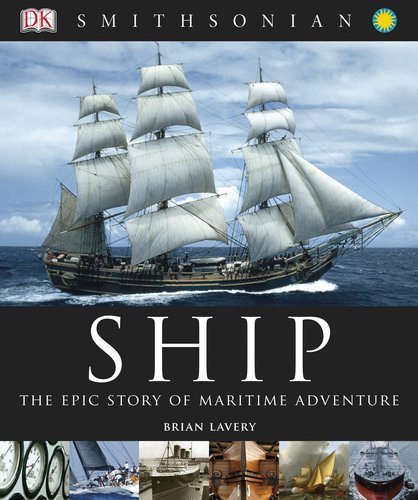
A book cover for Ship: The Epic Story of Maritime Adventure; Brian Lavery; Arts & Photography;